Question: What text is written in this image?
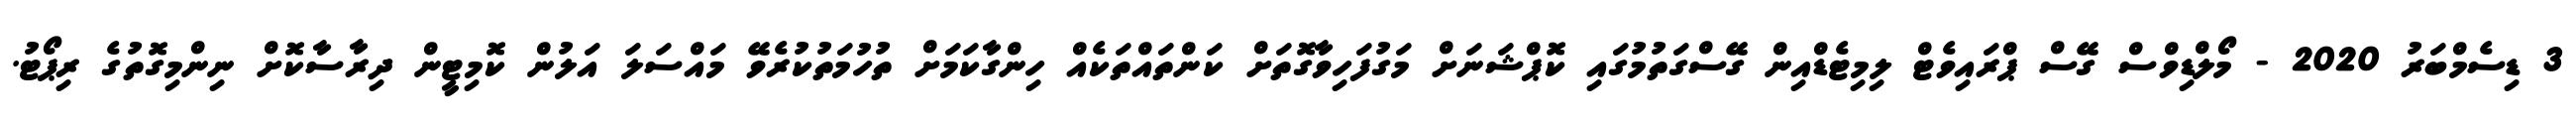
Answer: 3 ޑިސެމްބަރު 2020 - މޯލްޑިވްސް ގޭސް ޕްރައިވެޓް ލިމިޓެޑްއިން ގޭސްގަތުމުގައި ކޮޕްޝަނަށް މަގުފަހިވާގޮތަށް ކަންތައްތަކެއް ހިންގާކަމަށް ތުހުމަތުކުރެވޭ މައްސަލަ އަލުން ކޮމިޓީން ދިރާސާކޮށް ނިންމިގޮތުގެ ރިޕޯޓު.